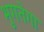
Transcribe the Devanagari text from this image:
भुगतेगा